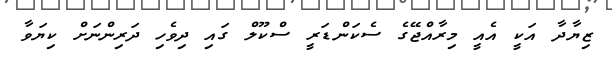
ޒިޔާދާ އަކީ އެއީ މިރާއްޖޭގެ ސެކަންޑަރީ ސްކޫލް ގައި ދިވެހި ދަރިންނަށް ކިޔަވާ